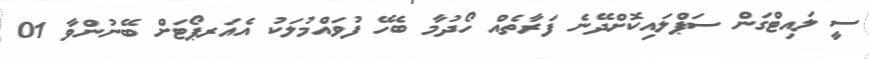
ސީ ލައިޓްގަން ސަޕްލައިކޮށްދޭނެ ފަރާތެއް ހޯދުމާ ބެހޭ ފުވައްމުލަކު އެއަރޕޯޓަށް ބޭނުންވާ 01